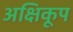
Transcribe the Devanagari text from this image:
अक्षिकूप